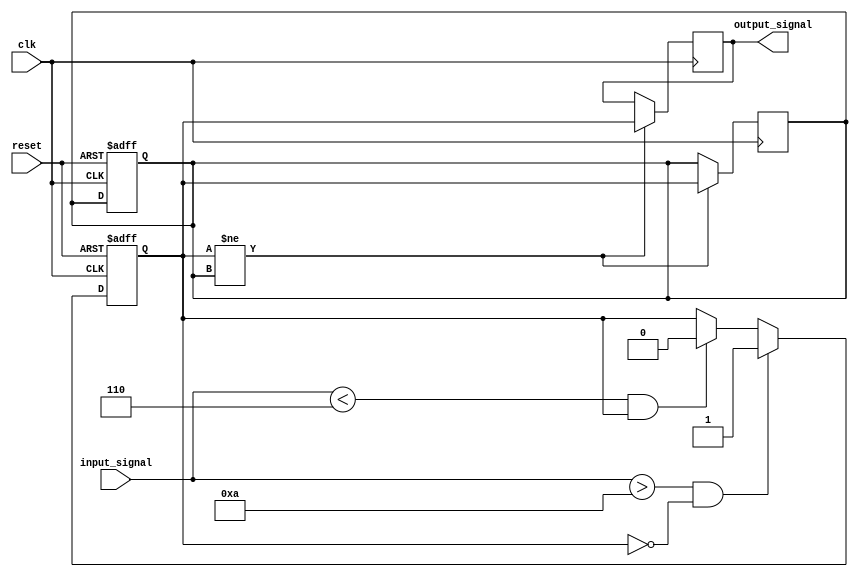
module schmitt_trigger_buffer (
    input wire clk,
    input wire reset,
    input wire input_signal,
    output reg output_signal
);

parameter THRESHOLD = 4'b1000;
parameter HYSTERESIS = 2'b10;

reg comparator_output;
reg previous_comparator_output;

always @ (posedge clk or posedge reset) begin
    if (reset) begin
        comparator_output <= 1'b0;
        previous_comparator_output <= 1'b0;
    end else begin
        if (input_signal > (THRESHOLD + HYSTERESIS) && ~comparator_output) begin
            comparator_output <= 1'b1;
        end else if (input_signal < (THRESHOLD - HYSTERESIS) && comparator_output) begin
            comparator_output <= 1'b0;
        end
    end
end

always @ (posedge clk) begin
    if (comparator_output != previous_comparator_output) begin
        output_signal <= comparator_output;
        previous_comparator_output <= comparator_output;
    end
end

endmodule